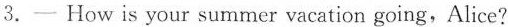
3.——How is your summer vacation going,Alice?